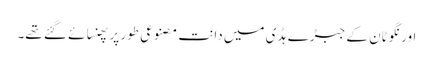
اورنگوٹان کے جبڑے ہڈی میں دانت مصنوعی طور پر پھنسائے گئے تھے۔